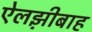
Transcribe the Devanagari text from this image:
ऐलझ़ीबाह